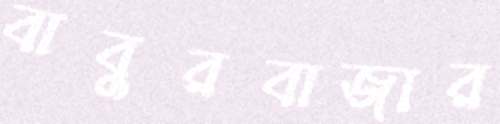
বাবুরবাজার